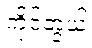
ကိုင်တွယ်